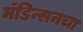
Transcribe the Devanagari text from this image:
मॅडिन्सनचा